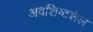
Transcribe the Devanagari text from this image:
अवशिष्टशैल